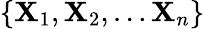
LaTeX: \{ \mathbf{X}_{1},\mathbf{X}_{2},\dots\mathbf{X}_{n}\}